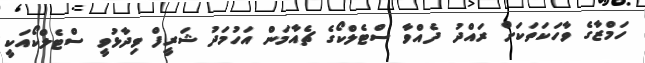
ހަމްޒާގެ ވާހަކަތަކަށް ރައްދު ދެއްވާ ސްޓެލްކޯގެ ޗެއާމަން އަހުމަދު ޝަރީފް ވިދާޅުވީ ސްޓެލްކޯއަކީ